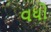
વધો